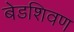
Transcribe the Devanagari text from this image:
बेडशिवण